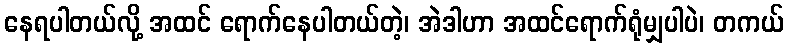
နေရပါတယ်လို့ အထင် ရောက်နေပါတယ်တဲ့၊ အဲဒါဟာ အထင်ရောက်ရုံမျှပါပဲ၊ တကယ်